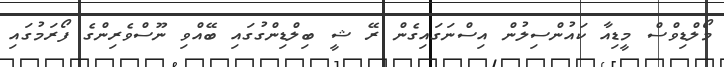
މޯލްޑިވްސް މީޑިއާ ކައުންސިލުން އިސްނަގައިގެން ރޭ ޝީ ބިލްޑިންގުގައި ބޭއްވި ނޫސްވެރިންގެ ފޯރަމުގައި